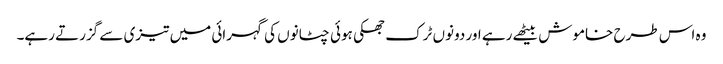
وہ اس طرح خاموش بیٹھے رہے اور دونوں ٹرک جھکی ہوئی چٹانوں کی گہرائی میں تیزی سے گزرتے رہے۔